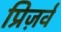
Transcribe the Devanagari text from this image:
प्रिज़र्व